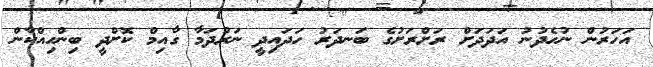
އަހަރުން ނުހެދުނު އަދަދަށް ރަށްރަށުގެ ބަނދަރު ހަދައިދީ ނަރުދަމާ ގާއިމް ކޮށްދީ ބިންހިއްކާން